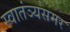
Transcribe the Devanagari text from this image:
स्वातंञ्यसमर